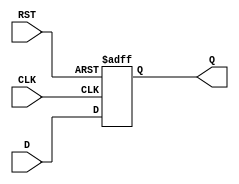
module FlipFlopRegister #(
    parameter N = 8 // Width of the register (number of bits)
)(
    input wire [N-1:0] D,    // Data inputs
    input wire CLK,           // Clock input
    input wire RST,           // Reset input
    output reg [N-1:0] Q      // Data outputs
);

// Synchronous reset logic
always @(posedge CLK or posedge RST) begin
    if (RST) begin
        Q <= {N{1'b0}}; // Reset all bits to 0
    end else begin
        Q <= D; // Capture input data on clock edge
    end
end

endmodule